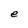
Character: e